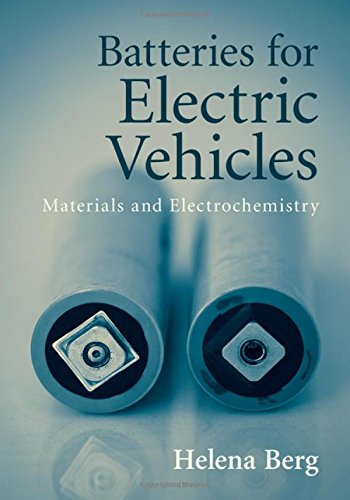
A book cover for Batteries for Electric Vehicles: Materials and Electrochemistry; Helena Berg; Engineering & Transportation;